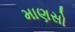
માણસો